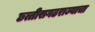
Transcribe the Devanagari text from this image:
छत्तीसगढराज्याचा